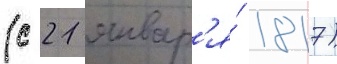
(с 21 январ'я́ 1817)